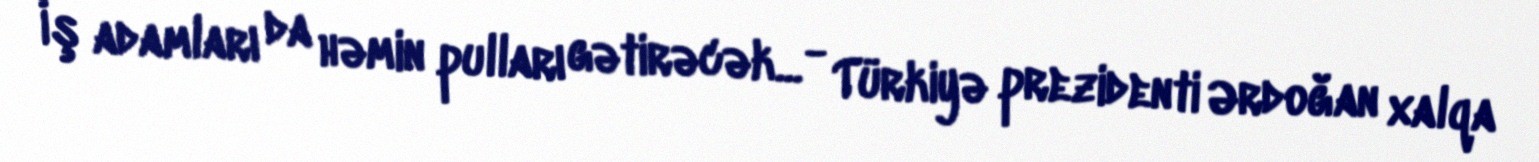
İş adamları da həmin pulları gətirəcək... - Türkiyə prezidenti Ərdoğan xalqa